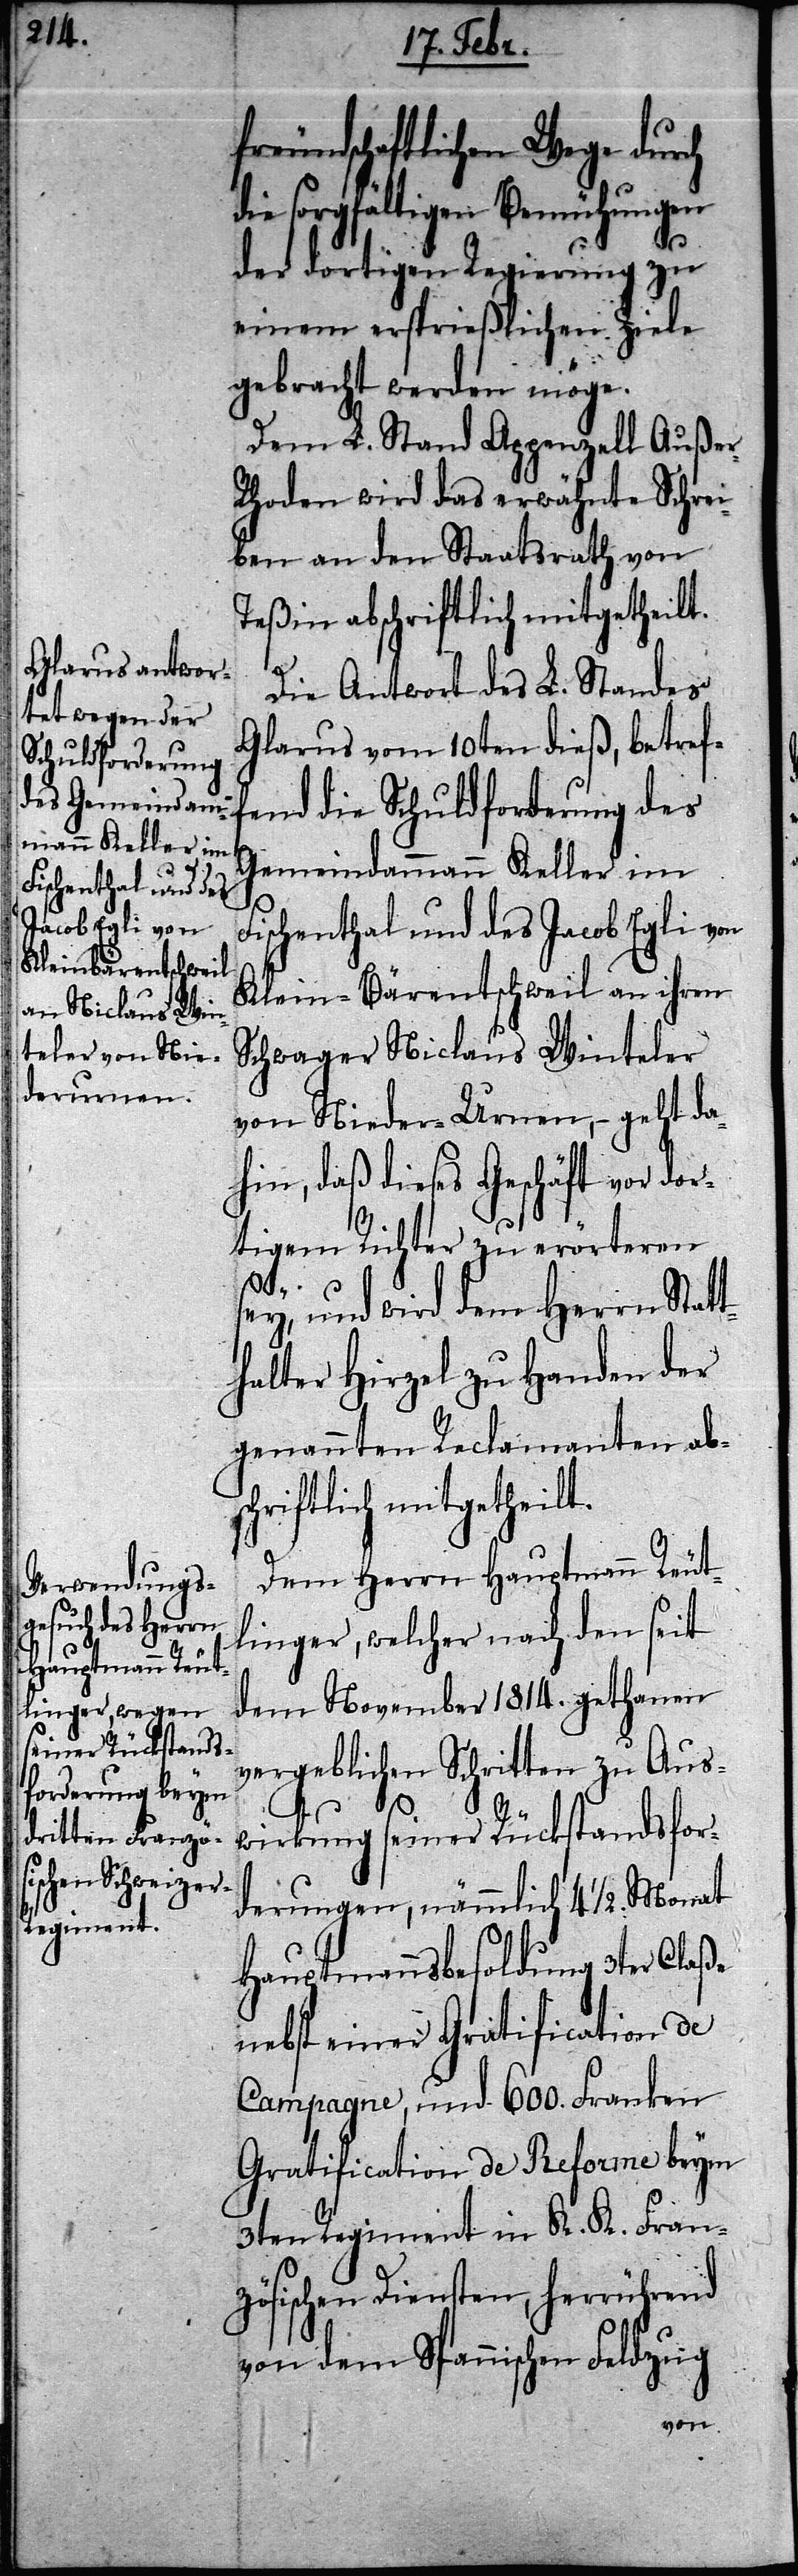
freundschaftlichen Wege durch
die sorgfältigen Bemühungen
der dortigen Regierung zu
einem ersprießlichen Ziele
gebracht werden möge.
Dem L. Stand Appenzell Außer-R¬
hoden wird das erwähnte Schrei¬
ben an den Staatsrath von
Teßin abschriftlich mitgetheilt.
Die Antwort des L. Standes
Glarus vom 10ten dieß, betref¬
fend die Schuldforderung des
Gemeindammann Keller im
Fischenthal und des Jacob Egli von
Klein-Bärentschweil an ihren
Schwager Niclaus Winteler
von Nieder-Urnen, – geht da¬
hin, daß dieses Geschäft vor dor¬
tigem Richter zu erörteren
sey, und wird dem Herrn Statt¬
halter Hirzel zu Handen der
genannten Reclamanten abs¬
chriftlich mitgetheilt.
Dem Herrn Hauptmann Reut¬
linger, welcher nach den seit
dem November 1814. gethanen
vergeblichen Schritten zu Aus¬
wirkung seiner Rückstandsfor¬
derungen, nämmlich 4 1/2. Monat
Hauptmannsbesoldung 3ter Claße
nebst einer Gratification de
Campagne, und 600. Franken
Gratification de Reforme beym
3ten Regiment in K. K. Fran¬
zösischen Diensten, herrührend
von dem Spannischen Feldzug